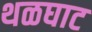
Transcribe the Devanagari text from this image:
थळघाट